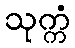
သုက္ကံ